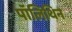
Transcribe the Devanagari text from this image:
पॉलिथिन